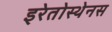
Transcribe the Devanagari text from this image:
इरेतोस्थेनस